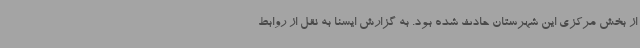
از بخش مرکزی این شهرستان حادث شده بود. به گزارش ایسنا به نقل از روابط